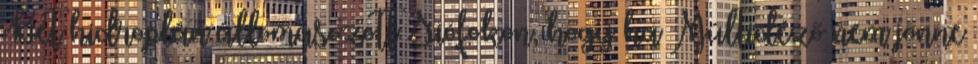
Két hidroplán állomásozott Siófokon, hogy ha Múltidéző nem jönne